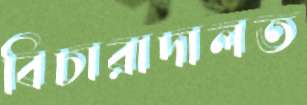
বিচারাদালত